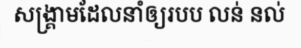
សង្គ្រាមដែលនាំឲ្យរបប លន់ នល់